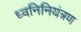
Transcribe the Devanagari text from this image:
ध्वनिनियंत्रण